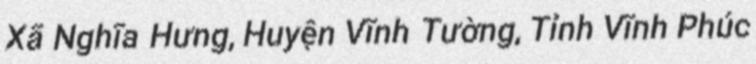
Xã Nghĩa Hưng, Huyện Vĩnh Tường, Tỉnh Vĩnh Phúc